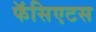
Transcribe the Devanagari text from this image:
फॅसिएटस